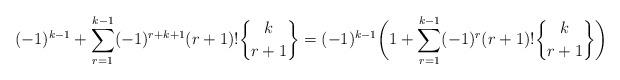
LaTeX: \begin{align*} (-1)^{k-1}+ \displaystyle \sum_{r=1}^{k-1} (-1)^{r+k+1} (r+1)! \genfrac{\{}{\}}{0pt}{}{k}{r+1}&=(-1)^{k-1}\biggl(1+\displaystyle \sum_{r=1}^{k-1} (-1)^r (r+1)! \genfrac{\{}{\}}{0pt}{}{k}{r+1}\biggr)\end{align*}